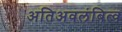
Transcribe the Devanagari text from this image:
अतिअवलंबित्व